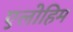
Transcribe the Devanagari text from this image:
एलोहिम